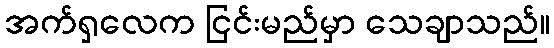
အက်ရှလေက ငြင်းမည်မှာ သေချာသည်။